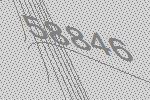
58846